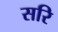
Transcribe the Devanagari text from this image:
सरि